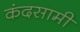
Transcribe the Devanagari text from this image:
कंदसामी